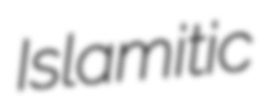
Islamitic